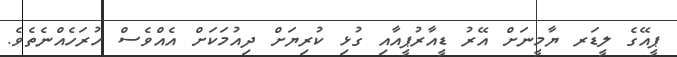
ޕީއޭގެ ލީޑަރ ޔާމީނަށް އޭރު ޑީއާރުޕީއާއި ގުޅި ކުރިޔަށް ދިއުމަކަށް އެއްވެސް ހުރަހެއްނެތެވެ.